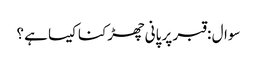
سوال : قبر پر پانی چھڑکنا کیسا ہے ؟